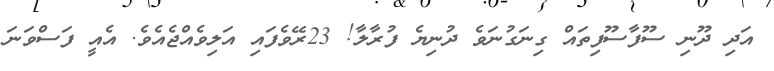
އަދި ދޫނި ސޫފާސޫފިތައް ގިނަގުނަވެ ދުނިޔެ ފުރާލާ! 23ރޭވެފައި އަލިވެއްޖެއެވެ. އެއީ ފަސްވަނަ